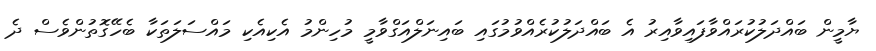
ޔާމީން ބައްދަލުކުރައްވާފައިވާއިރު އެ ބައްދަލުކުރެއްވުމުގައި ބައިނަލްއަގްވާމީ މުހިންމު އެކިއެކި މައްސަލަތަކާ ބެހޭގޮތުންވެސް ދެ